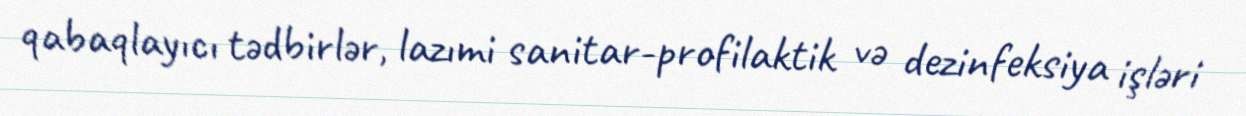
qabaqlayıcı tədbirlər, lazımi sanitar-profilaktik və dezinfeksiya işləri